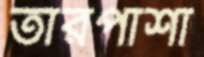
তারপাশা